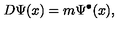
D \Psi ( x ) = m \Psi ^ { \bullet } ( x ) ,